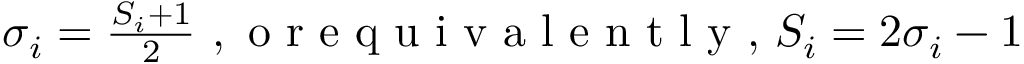
\begin{array} { r } { \sigma _ { i } = \frac { S _ { i } + 1 } { 2 } \mathrm { ~ , ~ o ~ r ~ e ~ q ~ u ~ i ~ v ~ a ~ l ~ e ~ n ~ t ~ l ~ y ~ , ~ } S _ { i } = 2 \sigma _ { i } - 1 } \end{array}